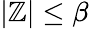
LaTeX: |\mathbb{Z}|\le\beta